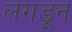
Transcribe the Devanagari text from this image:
लगडून